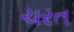
ચરત